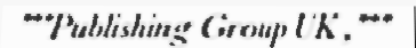
"""Publishing Group UK ,"""